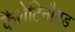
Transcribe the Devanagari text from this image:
कैरोटिनौयड